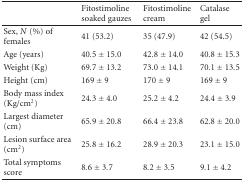
<table><thead><tr><td></td><td><b>Fitostimoline soaked gauzes</b></td><td><b>Fitostimoline cream</b></td><td><b>Catalase gel</b></td></tr></thead><tbody><tr><td>Sex, <i>N</i> (%) of females</td><td>41 (53.2)</td><td>35 (47.9)</td><td>42 (54.5)</td></tr><tr><td>Age (years)</td><td>40.5 ± 15.0</td><td>42.8 ± 14.0</td><td>40.8 ± 15.3</td></tr><tr><td>Weight (Kg)</td><td>69.7 ± 13.2</td><td>73.0 ± 14.1</td><td>70.1 ± 13.5</td></tr><tr><td>Height (cm)</td><td>169 ± 9</td><td>170 ± 9</td><td>169 ± 9</td></tr><tr><td>Body mass index (Kg/cm<sup>2</sup>)</td><td>24.3 ± 4.0</td><td>25.2 ± 4.2</td><td>24.4 ± 3.9</td></tr><tr><td>Largest diameter (cm)</td><td>65.9 ± 20.8</td><td>66.4 ± 23.8</td><td>62.8 ± 20.0</td></tr><tr><td>Lesion surface area (cm<sup>2</sup>)</td><td>25.8 ± 16.2</td><td>28.9 ± 20.3</td><td>23.1 ± 15.0</td></tr><tr><td>Total symptoms score</td><td>8.6 ± 3.7</td><td>8.2 ± 3.5</td><td>9.1 ± 4.2</td></tr></tbody></table>